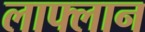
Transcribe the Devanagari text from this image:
लाफ्लान